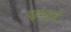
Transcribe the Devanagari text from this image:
महंमदचे